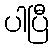
ပါပြီ